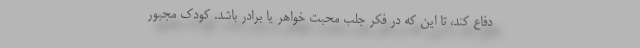
دفاع کند، تا این که در فکر جلب محبت خواهر یا برادر باشد. کودک مجبور